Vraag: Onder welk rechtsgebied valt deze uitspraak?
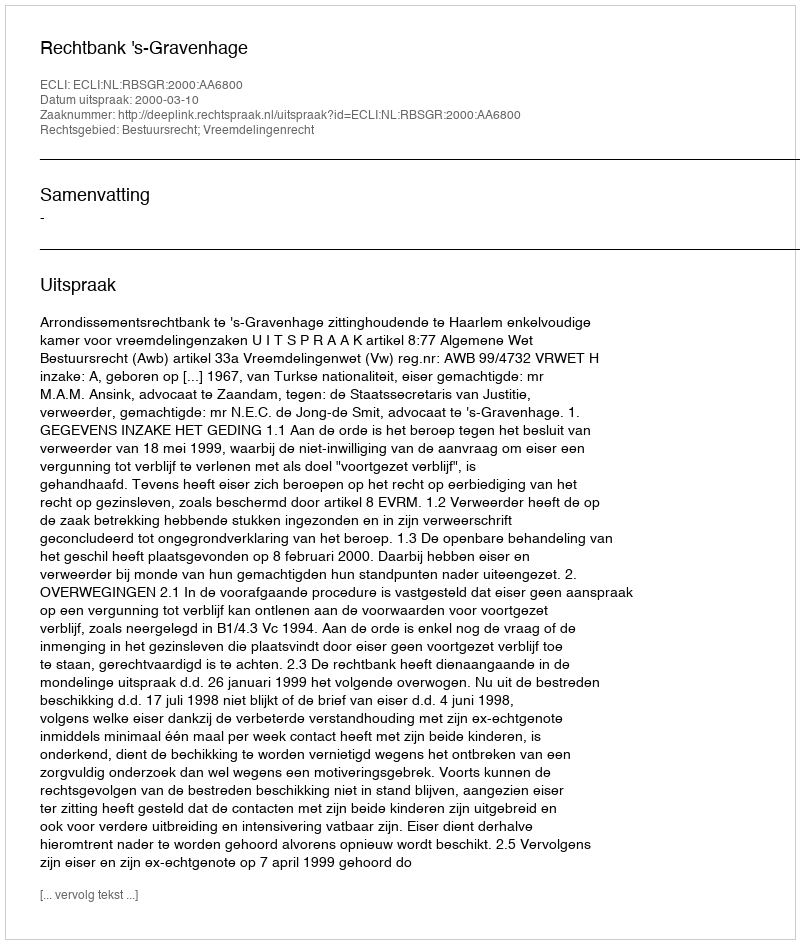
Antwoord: Bestuursrecht; Vreemdelingenrecht